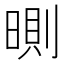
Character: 𣉇